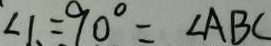
\angle 1 = 9 0 ^ { \circ } = \angle A B C